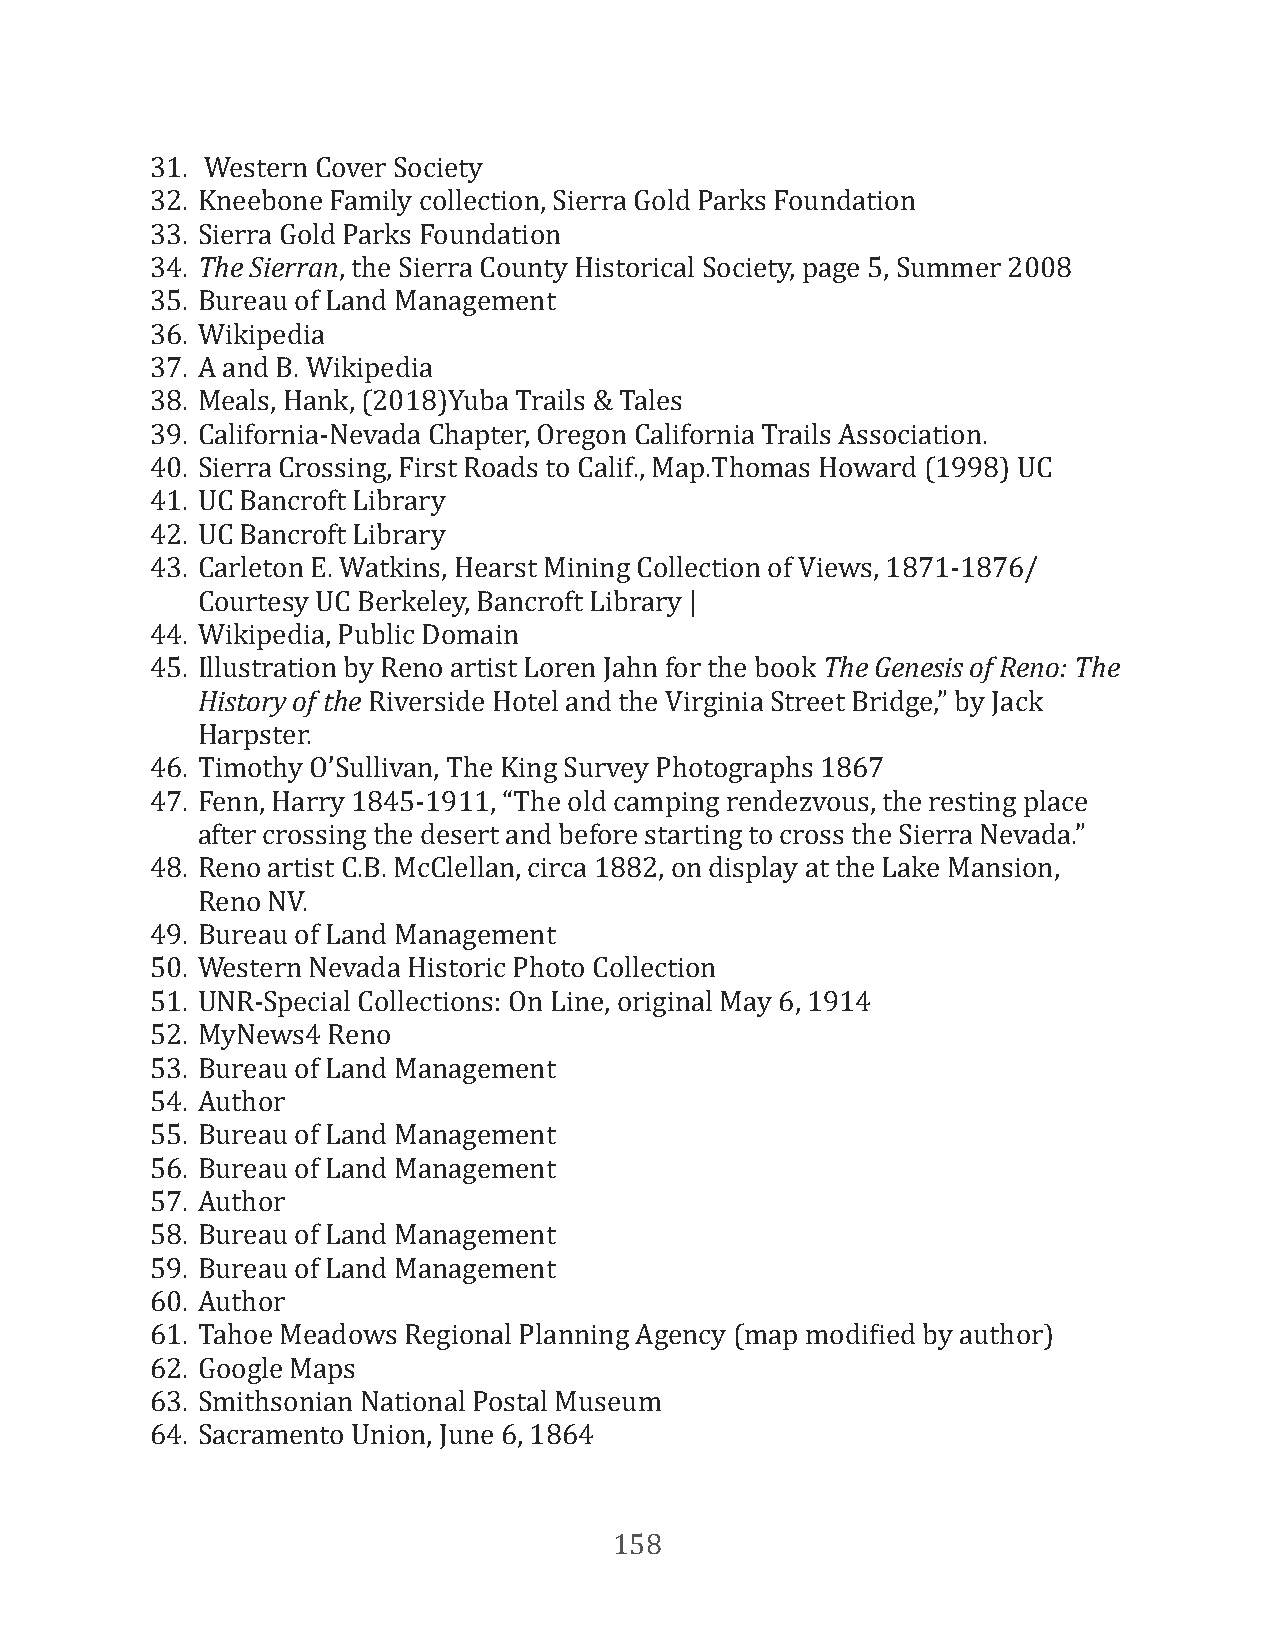
31. Western Cover Society
 32. Kneebone Family collection, Sierra Gold Parks Foundation
 33. Sierra Gold Parks Foundation
 34. The Sierran, the Sierra County Historical Society, page 5, Summer 2008
 35. Bureau of Land Management
 36. Wikipedia
 37. A and B. Wikipedia
 38. Meals, Hank, (2018)Yuba Trails & Tales
 39. California-Nevada Chapter, Oregon California Trails Association.
 40. Sierra Crossing, First Roads to Calif., Map.Thomas Howard (1998) UC
 41. UC Bancroft Library
 42. UC Bancroft Library
 43. Carleton E. Watkins, Hearst Mining Collection of Views, 1871-1876/
 Courtesy UC Berkeley, Bancroft Library |
 44. Wikipedia, Public Domain
 45. Illustration by Reno artist Loren Jahn for the book The Genesis of Reno: The
 History of the Riverside Hotel and the Virginia Street Bridge,” by Jack
 Harpster.
 46. Timothy O’Sullivan, The King Survey Photographs 1867
 47. Fenn, Harry 1845-1911, “The old camping rendezvous, the resting place
 after crossing the desert and before starting to cross the Sierra Nevada.”
 48. Reno artist C.B. McClellan, circa 1882, on display at the Lake Mansion,
 Reno NV.
 49. Bureau of Land Management
 50. Western Nevada Historic Photo Collection
 51. UNR-Special Collections: On Line, original May 6, 1914
 52. MyNews4 Reno
 53. Bureau of Land Management
 54. Author
 55. Bureau of Land Management
 56. Bureau of Land Management
 57. Author
 58. Bureau of Land Management
 59. Bureau of Land Management
 60. Author
 61. Tahoe Meadows Regional Planning Agency (map modiFied by author)
 62. Google Maps
 63. Smithsonian National Postal Museum
 64. Sacramento Union, June 6, 1864
 158